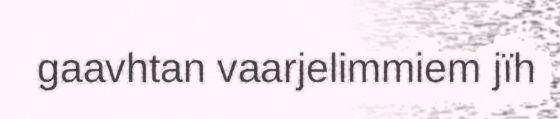
gaavhtan vaarjelimmiem jïh